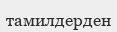
тамилдерден